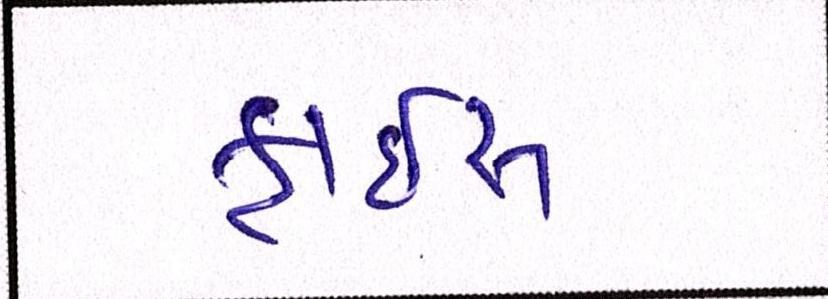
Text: ફ્રાઇસ